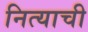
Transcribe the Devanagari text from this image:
नित्याची